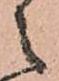
之